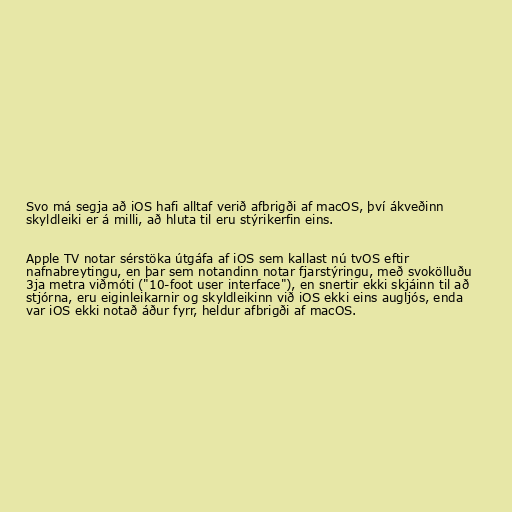
Svo má segja að iOS hafi alltaf verið afbrigði af macOS, því ákveðinn
skyldleiki er á milli, að hluta til eru stýrikerfin eins.

Apple TV notar sérstöka útgáfa af iOS sem kallast nú tvOS eftir
nafnabreytingu, en þar sem notandinn notar fjarstýringu, með svokölluðu
3ja metra viðmóti ("10-foot user interface"), en snertir ekki skjáinn til að
stjórna, eru eiginleikarnir og skyldleikinn við iOS ekki eins augljós, enda
var iOS ekki notað áður fyrr, heldur afbrigði af macOS.